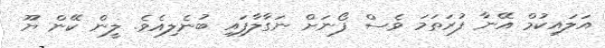
އަލައިކުމް އޭނާ ފުރަތަމަ ވެސް ފޯނަށް ނަގާލާފައި ބުނެލިއެވެ. ލީން ކޭން ޔޫ